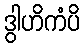
ဒွါဟိကံပိ